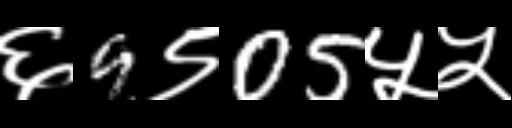
Text: ६9९05५५